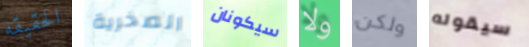
الحقيقه الصخرية سيكونان ولا ولكن سيقوله